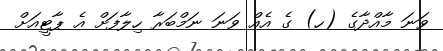
ވަނަ މާއްދާގެ (ހ) ގެ އެއް ވަނަ ނަމްބަަރާ ހިލާފަށް އެ ޕާޓީއަށް